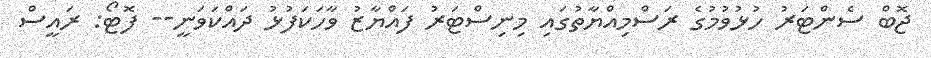
ޖޮބް ސެންޓަރު ހުޅުވުމުގެ ރަސްމިއްޔާތުގައި މިނިސްޓަރު ފައްޔާޒު ވާހަކަފުޅު ދައްކަވަނީ-- ފޮޓޯ: ރައީސް